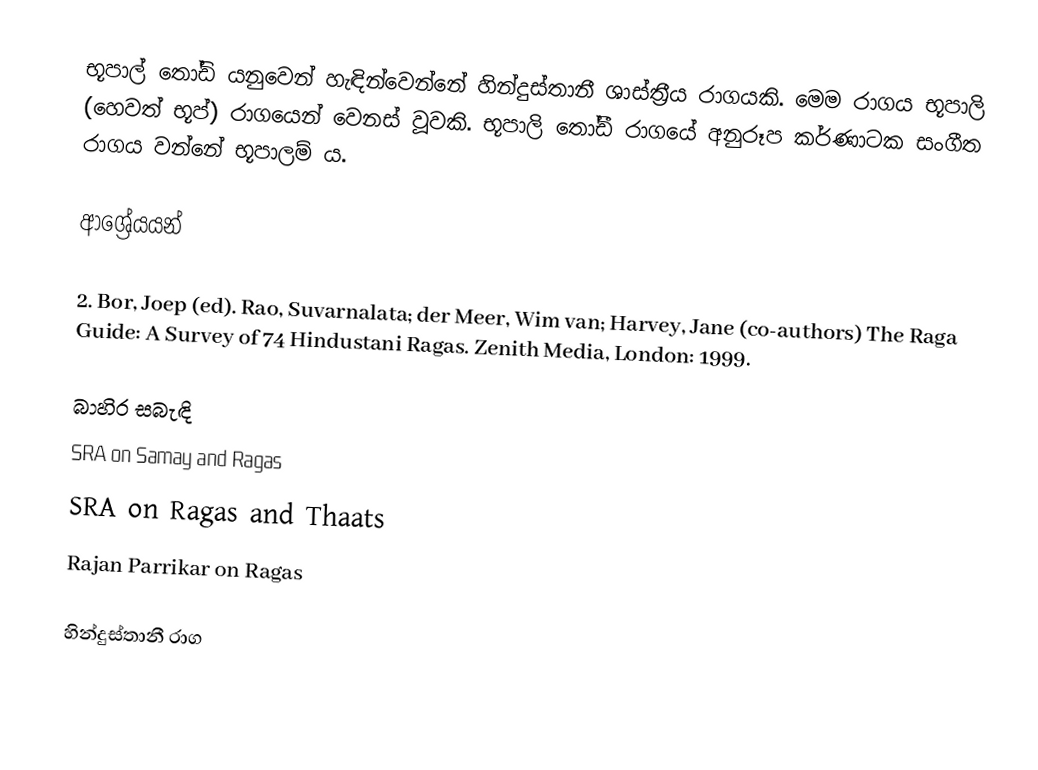
භූපාල් තෝඩි ‍යනුවෙන් හැඳින්වෙන්නේ හින්දුස්තානී ශාස්ත්‍රීය රාගයකි. මෙම රාගය භූපාලි (හෙවත් භූප්) රාගයෙන් වෙනස් වූවකි. භූපාලි තෝඩී රාගයේ අනුරූප කර්ණාටක සංගීත රාගය වන්නේ භූපාලම් ය.

ආශ්‍රේයයන්

2. Bor, Joep (ed). Rao, Suvarnalata; der Meer, Wim van; Harvey, Jane (co-authors) The Raga Guide: A Survey of 74 Hindustani Ragas. Zenith Media, London: 1999.

බාහිර සබැඳි
 SRA on Samay and Ragas
 SRA on Ragas and Thaats
 Rajan Parrikar on Ragas

හින්දුස්තානී රාග